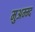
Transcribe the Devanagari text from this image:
मुअम्म्द